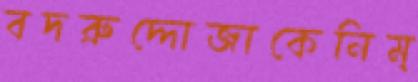
বদরুদ্দোজাকেনিম্